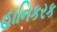
હાનિકરક